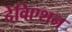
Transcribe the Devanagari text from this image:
देविएशन